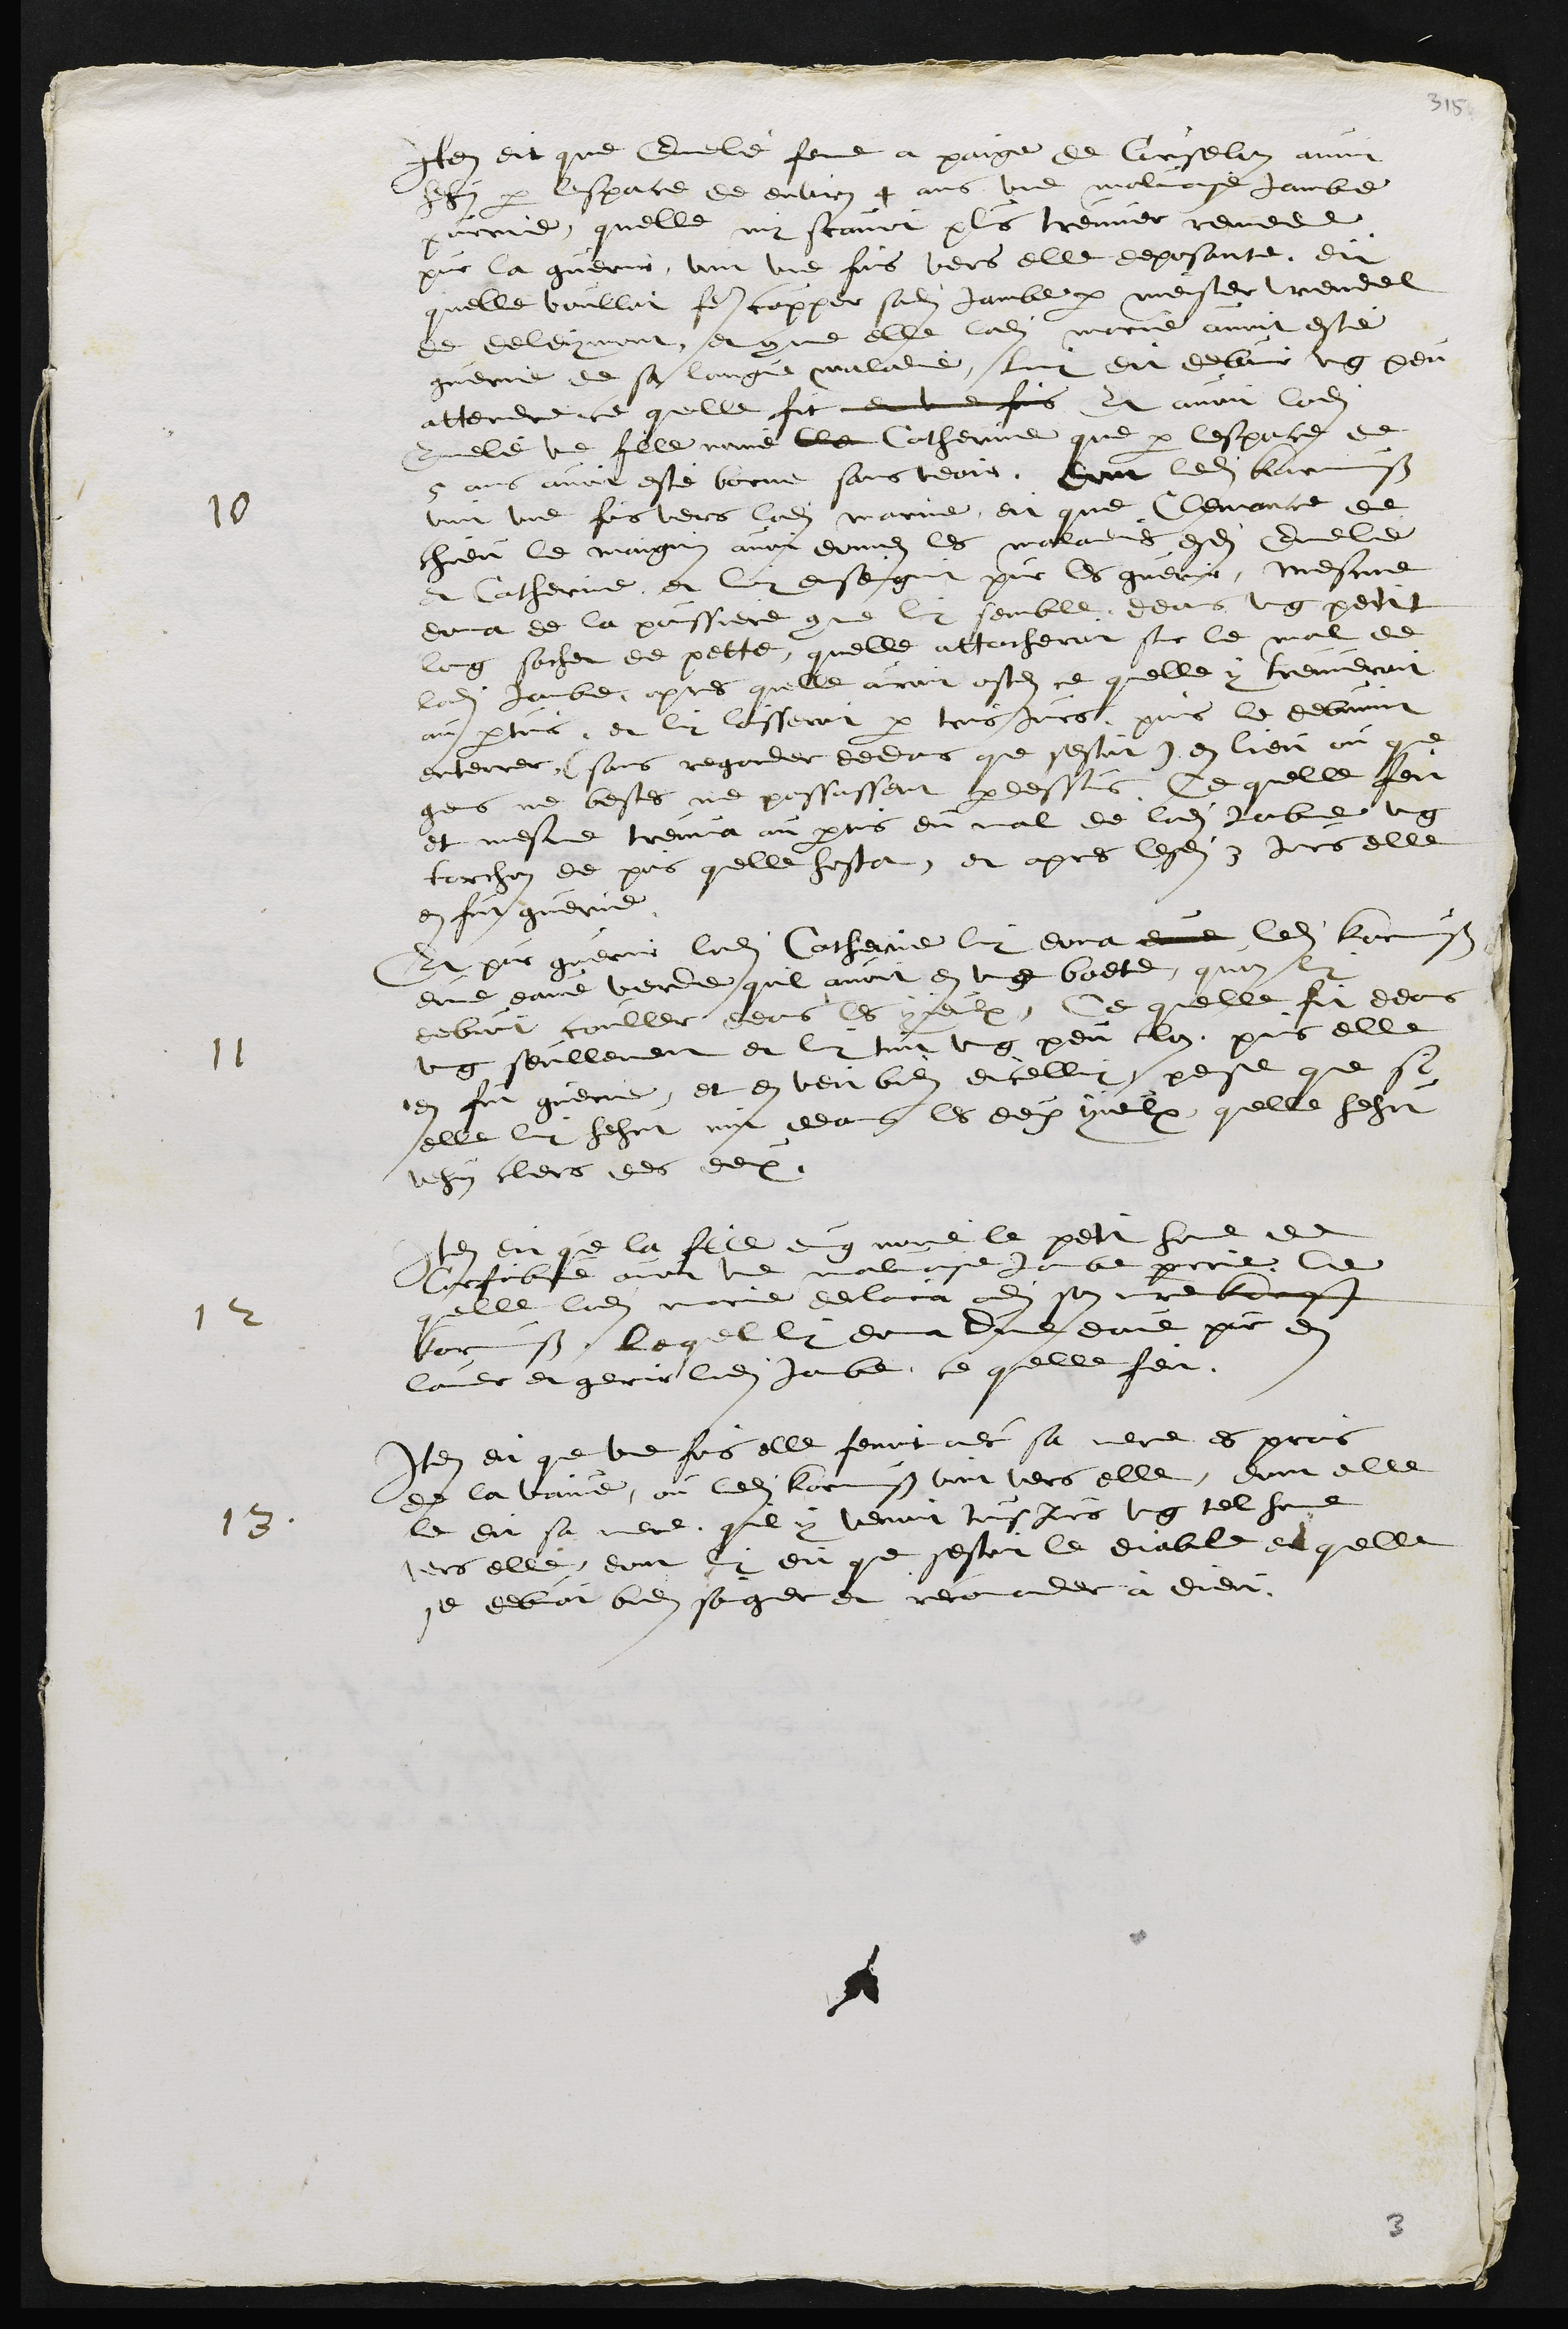
10
Item dit que Ennelie femme a paige de Curselon avoit
hehus par lespace de environ 4 ans une malvaise jambe,
pourrie, quelle ne scavoit plus treuver remede
pur la guerir, vint une fois vers elle deposante dit
quelle voulloit faire copper sadite jambe par meister Wendel
de deleymont et comme elle ladite marie avoit esté
guerrie de sa longue maladie, luy dit debvoir ung peu
attendre ce quelle fit et une fois Et avoit ladite
Ennelie une fille nomé Cle Catherine que par lespace de
5 ans avoit esté borne sans veoir, dont ledit Karmuss
vint une fois vers ladite Marie, dit que Clemance de
chieu le maignin avoit donnez les maladie esdite Ennelie
et Catherine, et luy enseignit pour les guerir, mesme
donna de la poussiere comme luy semble deans ung petit
long sachet de pette quelle attacherut sur le mal de
ladite jambe apres quelle auroit ostez ce quelle y treuveroit
au pertuis, et luy lasseroit par trois jours puis le debvoint
enterrer, (sans regarder dedans que sestoit) en lieu ou que
gens ne bestes ne passassent par dessus, Ce quelle feit
et mesme treuva au pertuis du mal de ladite jambe ung
torchon de pus quelle hosta, et apres lesdits 3 jours elle
en fut guerie
11
Et pour guerir ladite Catherie luy dona dura  ledit Karmuss
dune eau verde quil avoit en ung boete quon luy
debvoit couller deans les yieulx. Ce quelle fit deans
ung seullement et y tint ung peu clos puis elle
en fut guerie, et en veit bien dicelluy, pense que sy
elle luy hehut mit deans les deux yieulx quelle hehut
vehus clers des deux
1 2
Item dit que la fille dung nomé le petit home de
Corfaibvre avoit une malvaise jambe pourrie Ce
quelle ladite marie declaira audit son maitre Karnuss
Karmuss lequel luy donna dune eaue pour en
laver et guerir ladite Jambe, ce quelle feit
13
Item dit que une fois elle fenoit avec sa mere es prais
de la vaive, ou ledit Karmuss vint vers elle, dont elle
le dit sa mere, quil y venoit tousjours ung tel homme
vers elle dont luy dit que sestoit le diable et quelle
se debvoit bien soigner et recomander à Dieu.